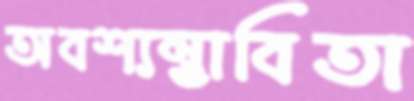
অবশ্যম্ভাবিতা